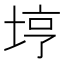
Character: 𫭸